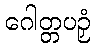
ဂေါတ္တပဉှံ